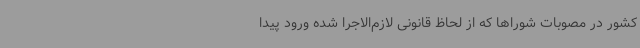
کشور در مصوبات شوراها که از لحاظ قانونی لازم‌الاجرا شده ورود پیدا